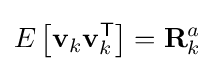
E\left[\mathbf {v} _{k}\mathbf {v} _{k}^{\textsf {T}}\right]=\mathbf {R} _{k}^{a}